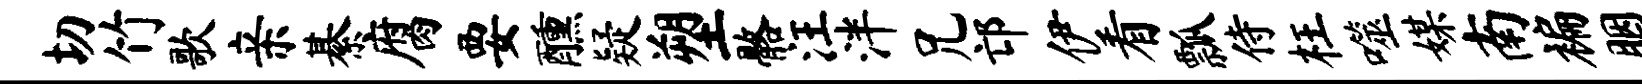
切竹歌亲綦腐要醺疑塑髂汪泮兄邙伊看瓢侍枉噬媒南褊胭